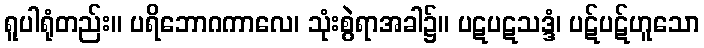
ရူပါရုံတည်း။ ပရိဘောဂကာလေ၊ သုံးစွဲရာအခါ၌။ ပဋပဋသဒ္ဒံ၊ ပဋ်ပဋ်ဟူသော